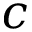
c